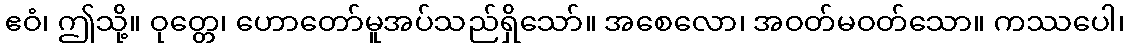
ဧဝံ၊ ဤသို့။ ဝုတ္တေ၊ ဟောတော်မူအပ်သည်ရှိသော်။ အစေလော၊ အဝတ်မဝတ်သော။ ကဿပေါ၊